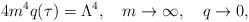
\begin{align*}4m^4 q(\tau ) = \Lambda ^4,\quad m\rightarrow\infty ,\quad q\rightarrow 0,\end{align*}